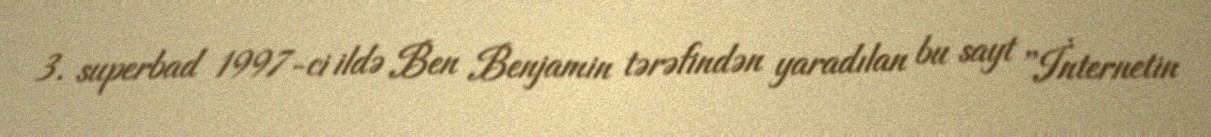
3. superbad 1997-ci ildə Ben Benjamin tərəfindən yaradılan bu sayt ''İnternetin